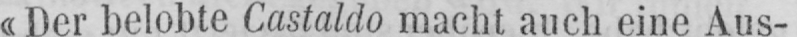
«Der belobte Castaldo macht auch eine Aus-